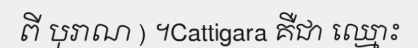
ពី បុរាណ ) ។Cattigara គឺជា ឈ្មោះ